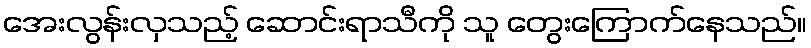
အေးလွန်းလှသည့် ဆောင်းရာသီကို သူ တွေးကြောက်နေသည်။